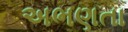
અભણતા